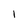
Character: 1